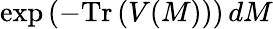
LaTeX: \exp\left(-\mathrm{Tr}\left(V(M)\right)\right)\, dM